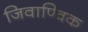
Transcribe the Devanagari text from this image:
जिवाण्विक